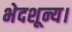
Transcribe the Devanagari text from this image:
भेदशून्य।